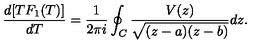
\frac { d [ T F _ { 1 } ( T ) ] } { d T } = \frac { 1 } { 2 \pi i } \oint _ { C } \frac { V ( z ) } { \sqrt { ( z - a ) ( z - b ) } } d z .